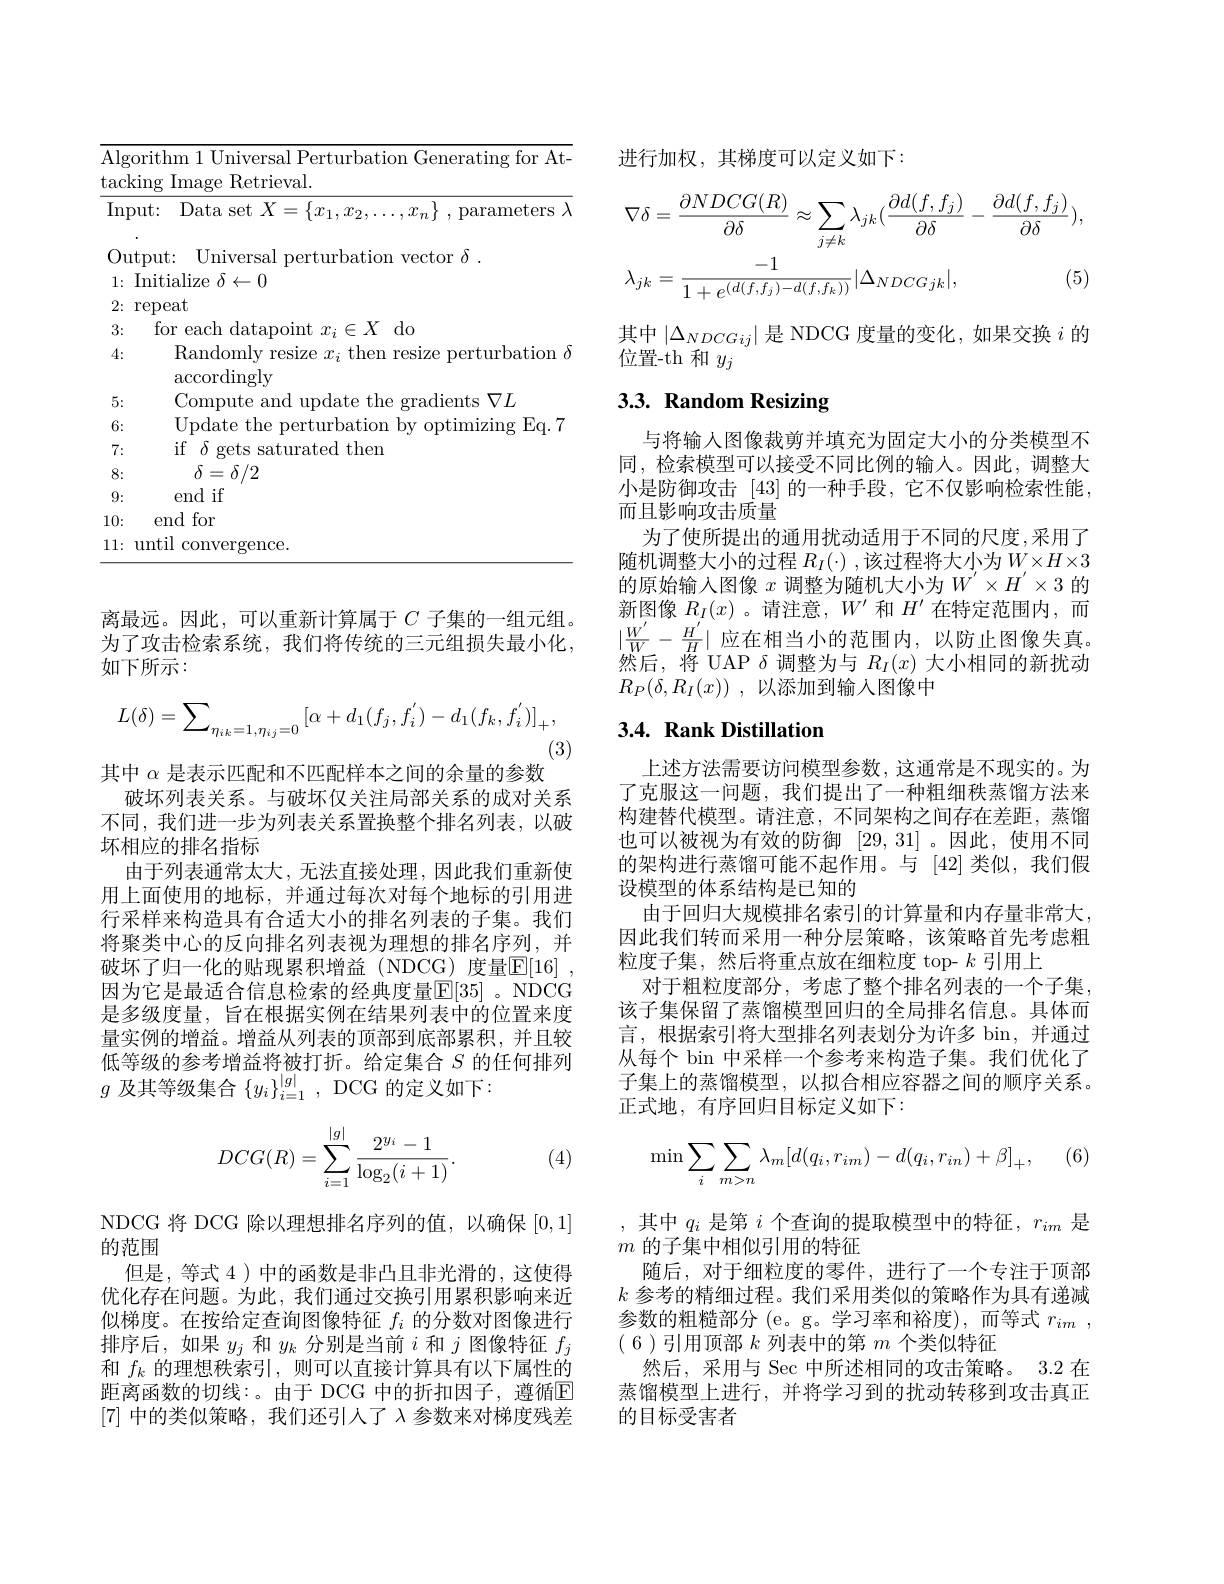
<table>
	<tbody>
		<tr>
			<td>$\overline{\mathrm{Alg}}.$ tack</td>
			<td>orithm 1 Universal Perturbation Generating for At $\operatorname{king}$ Image Retrieval.</td>
		</tr>
		<tr>
			<td>$\overline{\mathrm{Inr}}$</td>
			<td>Out: $\operatorname { \text{Data set}} X= \{ x_{1}, x_{2}, \ldots , x_{n}\}$ $, \operatorname { \text{parameters}} \lambda$</td>
		</tr>
		<tr>
			<td>$O_{1}$ $u$ 1 1 1 1 1 1 1 1 1</td>
			<td>$\iota tput:$ Universal perturbation vector $\delta.$</td>
		</tr>
		<tr>
			<td>3:</td>
			<td>$d_{0}$ $X$</td>
		</tr>
		<tr>
			<td>4:</td>
			<td>Randomly resize $x_i$ then resize perturbation $\delta$</td>
		</tr>
		<tr>
			<td>5:</td>
			<td>$\nabla I.$ adients</td>
		</tr>
		<tr>
			<td>6:</td>
			<td>date $||m($ $\mathbf{f}_{\mathrm{n}}$ timizino $F:O$</td>
		</tr>
		<tr>
			<td>7:</td>
			<td> if $\delta$ ated then </td>
		</tr>
		<tr>
			<td>8:</td>
			<td>$\delta=\delta/2$</td>
		</tr>
		<tr>
			<td>9:</td>
			<td>end if</td>
		</tr>
		<tr>
			<td>10:</td>
			<td>end for</td>
		</tr>
		<tr>
			<td>11:</td>
			<td>$11nt_{1}$ $\operatorname{conve}$ emce</td>
		</tr>
	</tbody>
</table>

离最远。因此，可以重新计算属于$C$子集的一组元组。为了攻击检索系统，我们将传统的三元组损失最小化， 如下所示：
$$L(\delta)=\sum_{\eta_{ik}=1,\eta_{ij}=0}\left[\alpha+d_1(f_j,f_i^{'})-d_1(f_k,f_i^{'})\right]_+,$$
(3)

其中$\alpha$是表示匹配和不匹配样本之间的余量的参数
破坏列表关系。与破坏仅关注局部关系的成对关系不同，我们进一步为列表关系置换整个排名列表，以破坏相应的排名指标
由于列表通常太大，无法直接处理，因此我们重新使用上面使用的地标，并通过每次对每个地标的引用进行采样来构造具有合适大小的排名列表的子集。我们将聚类中心的反向排名列表视为理想的排名序列，并破坏了归一化的贴现累积增益 (NDCG)度量$\overline {\mathbb{E} }[ 16]$ , 因为它是最适合信息检索的经典度量$\mathbb{E}[35]$ 。NDCG 是多级度量，旨在根据实例在结果列表中的位置来度量实例的增益。增益从列表的顶部到底部累积，并且较低等级的参考增益将被打折。给定集合$S$的任何排列$g$及其等级集合$\{y_i\}_i=1^|g|$, DCG 的定义如下：
$$DCG(R)=\sum_{i=1}^{|g|}\frac{2^{y_i}-1}{\log_2(i+1)}.$$
(4)

NDCG 将 DCG 除以理想排名序列的值，以确保[0,1]

的范围
但是，等式 4 ) 中的函数是非凸且非光滑的，这使得优化存在问题。为此，我们通过交换引用累积影响来近似梯度。在按给定查询图像特征$f_i$的分数对图像进行排序后，如果$y_j$和$y_k$分别是当前$i$和$j$图像特征$f_j$ 和$f_k$的理想秩索引，则可以直接计算具有以下属性的距离函数的切线：。由于 DCG 中的折扣因子，遵循$\mathbb{E}$ [7]中的类似策略，我们还引人了$\lambda$参数来对梯度残差

进行加权，其梯度可以定义如下：
$$\nabla\delta=\frac{\partial NDCG(R)}{\partial\delta}\approx\sum_{j\neq k}\lambda_{jk}(\frac{\partial d(f,f_{j})}{\partial\delta}-\frac{\partial d(f,f_{j})}{\partial\delta}),\\\lambda_{jk}=\frac{-1}{1+e^{(d(f,f_{j})-d(f,f_{k}))}}|\Delta_{NDCGjk}|,\text{(5)}$$
其中$|\Delta_{NDCGij}|$是 NDCG 度量的变化，如果交换$i$的
位置-th 和$y_j$

# 3.3. Random Resizing

与将输入图像裁剪并填充为固定大小的分类模型不同，检索模型可以接受不同比例的输入。因此，调整大小是防御攻击[43]的一种手段，它不仅影响检索性能， 而且影响攻击质量
为了使所提出的通用扰动适用于不同的尺度，采用了随机调整大小的过程 $R_I(\cdot)$,该过程将大小为 $W\times H\times3$ 的原始输入图像$x$调整为随机大小为$W^\prime\times H^{\prime}\times3$的新图像$R_I(x)$ 。请注意，$W^\prime$和$H^{\prime}$在特定范围内，而$|\frac{W^{\prime}}{W}-\frac{H^{\prime}}{H}|$应在相当小的范围内，以防止图像失真然后，将 UAP $\delta$调整为与$R_I(x)$大小相同的新扰动$R_P( \delta , R_I( x) )$ ,以添加到输入图像中

# 3.4. Rank Distillation

上述方法需要访问模型参数，这通常是不现实的。为了克服这一问题，我们提出了一种粗细秩蒸馏方法来构建替代模型。请注意，不同架构之间存在差距，蒸馏也可以被视为有效的防御 [29,31]。因此，使用不同的架构进行蒸馏可能不起作用。与 [42]类似，我们假设模型的体系结构是已知的
由于回归大规模排名索引的计算量和内存量非常大， 因此我们转而采用一种分层策略，该策略首先考虑粗粒度子集，然后将重点放在细粒度 top- $k$引用上
对于粗粒度部分，考虑了整个排名列表的一个子集， 该子集保留了蒸馏模型回归的全局排名信息。具体而言，根据索引将大型排名列表划分为许多 bin,并通过从每个 bin 中采样一个参考来构造子集。我们优化了子集上的蒸馏模型，以拟合相应容器之间的顺序关系。正式地，有序回归目标定义如下：
$$\min\sum_i\sum_{m>n}\lambda_m[d(q_i,r_{im})-d(q_i,r_{in})+\beta]_+,$$
(6)

,其中$q_i$是第$i$个查询的提取模型中的特征$,r_im$是
$m$的子集中相似引用的特征
随后，对于细粒度的零件，进行了一个专注于顶部$k$参考的精细过程。我们采用类似的策略作为具有递减参数的粗糙部分 (e。g。学习率和裕度),而等式$r_im$ , ( 6 ) 引 用 顶 部 $k$列表中的第$m$个类似特征
然后，采用与 Sec 中所述相同的攻击策略。3.2 在蒸馏模型上进行，并将学习到的扰动转移到攻击真正的目标受害者